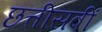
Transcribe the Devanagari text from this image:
छत्तीसवीं